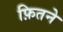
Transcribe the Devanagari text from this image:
फ़ितने